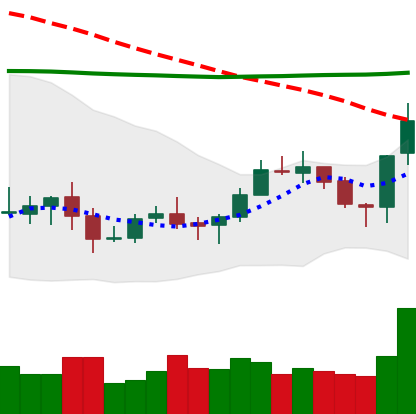
Ticker: XLM-USD
Chart end date: 2020-10-17
Forward return: 4.107%
Label: up_3_5